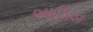
ભાઉડા